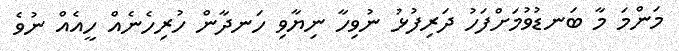
މަންމަ މާ ބަނޑުވުމަށްފަހު ދަރިފުޅު ނުވިހާ ނިޔާވި ހަނދާން ހުރިހެނެއް ހީއެއް ނުވެ